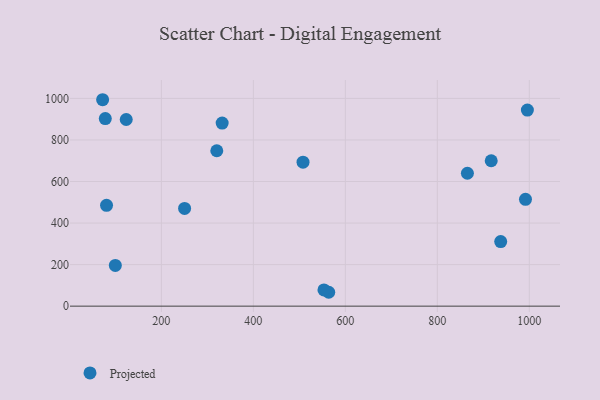
{"axis": {"x": "Engine Size", "y": "Yield"}, "legend": ["Projected"], "data": [{"x": "563.9", "y": 66.8, "type": "Projected"}, {"x": "995.8", "y": 944.0, "type": "Projected"}, {"x": "917.2", "y": 700.0, "type": "Projected"}, {"x": "508.0", "y": 693.2, "type": "Projected"}, {"x": "250.5", "y": 470.3, "type": "Projected"}, {"x": "991.7", "y": 514.2, "type": "Projected"}, {"x": "332.2", "y": 881.5, "type": "Projected"}, {"x": "320.5", "y": 748.1, "type": "Projected"}, {"x": "72.3", "y": 993.7, "type": "Projected"}, {"x": "80.8", "y": 485.6, "type": "Projected"}, {"x": "553.5", "y": 78.2, "type": "Projected"}, {"x": "865.4", "y": 639.7, "type": "Projected"}, {"x": "99.9", "y": 196.2, "type": "Projected"}, {"x": "78.1", "y": 902.9, "type": "Projected"}, {"x": "123.6", "y": 898.4, "type": "Projected"}, {"x": "937.8", "y": 311.1, "type": "Projected"}]}